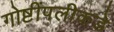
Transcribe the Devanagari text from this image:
गोष्टींपलीकडे